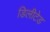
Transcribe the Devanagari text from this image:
डिलीटेड